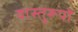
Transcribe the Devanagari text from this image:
वास्तुरूपों